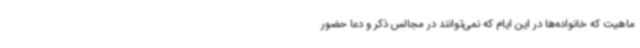
ماهیت که خانواده‌ها در این ایام که نمی‌توانند در مجالس ذکر و دعا حضور